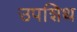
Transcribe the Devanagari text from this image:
उपशिथ